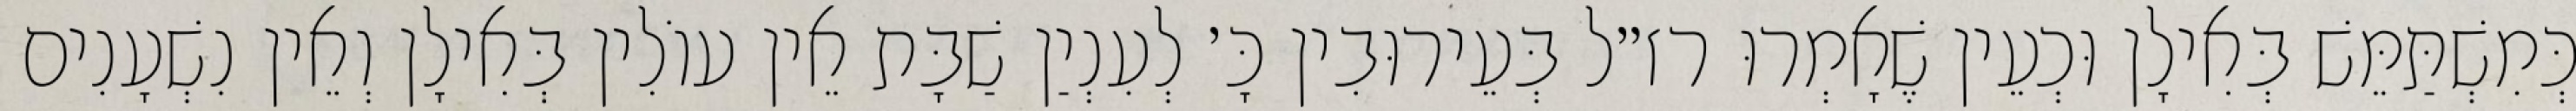
כְּמִשְׁתַּמֵּשׁ בְּאִילָן וּכְעֵין שֶׁאָמְרוּ רז״ל בְּעֵירוּבִין כָּ׳ לְעִנְיַן שַׁבָּת אֵין עוֹלִין בְּאִילָן וְאֵין נִשְׁעָנִים